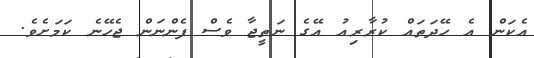
އެކަން އެ ހޭދަތައް ކުރާރިއު އޭގެ ނަތީޖާ ވެސް ފެންނަން ޖެހޭނެ ކަމަށެވެ.